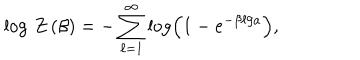
\log \, Z \left( \beta \right) = - \sum _ { \ell = 1 } ^ { \infty } \log \left( 1 - e ^ { - \beta \ell / a } \right) ,